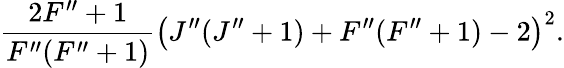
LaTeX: \frac{2F^{\prime\prime}+1}{F^{\prime\prime}(F^{\prime\prime}+1)}\big(J^{\prime\prime}(J^{\prime\prime}+1)+F^{\prime\prime}(F^{\prime\prime}+1)-2\big)^{2}.